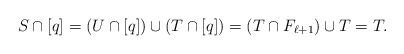
LaTeX: \begin{align*}S \cap [q] = (U \cap [q]) \cup (T \cap [q]) = (T \cap F_{\ell+1}) \cup T = T.\end{align*}